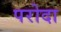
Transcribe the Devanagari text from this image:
परोदा